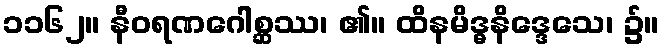
၁၁၆၂။ နီဝရဏဂေါစ္ဆဿ၊ ၏။ ထိနမိဒ္ဓနိဒ္ဒေသေ၊ ၌။